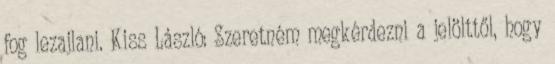
fog lezajlani. Kiss László: Szeretném megkérdezni a jelölttől, hogy